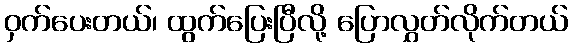
ဝှက်ပေးတယ်၊ ထွက်ပြေးပြီလို့ ပြောလွှတ်လိုက်တယ်